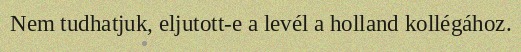
Nem tudhatjuk, eljutott-e a levél a holland kollégához.